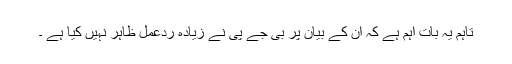
تاہم یہ بات اہم ہے کہ ان کے بیان پر بی جے پی نے زیادہ ردعمل ظاہر نہیں کیا ہے ۔